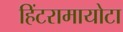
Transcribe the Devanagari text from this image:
हिंटरामायोटा